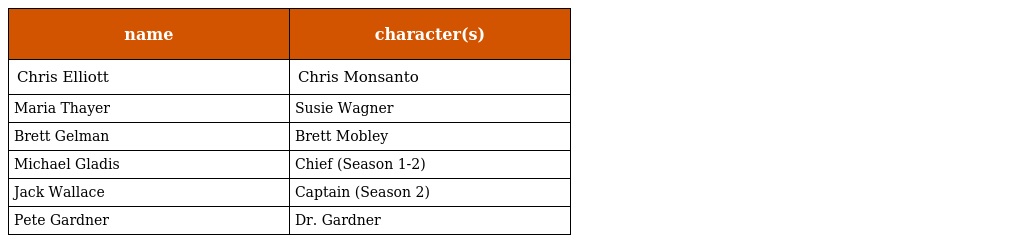
| name | character(s) |
 | --- | --- |
 | Chris Elliott | Chris Monsanto |
 | Maria Thayer | Susie Wagner |
 | Brett Gelman | Brett Mobley |
 | Michael Gladis | Chief (Season 1-2) |
 | Jack Wallace | Captain (Season 2) |
 | Pete Gardner | Dr. Gardner |